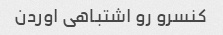
کنسرو رو اشتباهی اوردن